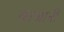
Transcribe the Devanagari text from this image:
क़ाआनी